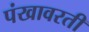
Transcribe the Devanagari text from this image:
पंखावरती